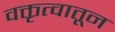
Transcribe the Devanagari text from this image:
वक्तृत्वातून